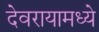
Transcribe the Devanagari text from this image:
देवरायामध्ये